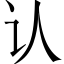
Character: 认